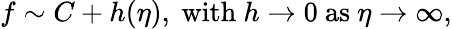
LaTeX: f\sim C+h(\eta),~\textrm{with}\ h\to 0~\textrm{as}\ \eta\to\infty,